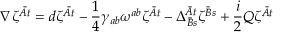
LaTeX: \nabla \zeta ^ { \bar { A } t } = d \zeta ^ { \bar { A } t } - { \frac { 1 } { 4 } } \gamma _ { a b } \omega ^ { a b } \zeta ^ { \bar { A } t } - \Delta _ { \bar { B } s } ^ { \bar { A } t } \zeta ^ { \bar { B } s } + { \frac { i } { 2 } } { \cal Q } \zeta ^ { \bar { A } t }